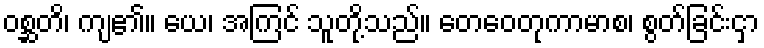
ဝစ္ဆတိ၊ ကျ၏။ ယေ၊ အကြင် သူတို့သည်။ တေဝေတုကာမာစ၊ စွတ်ခြင်းငှာ